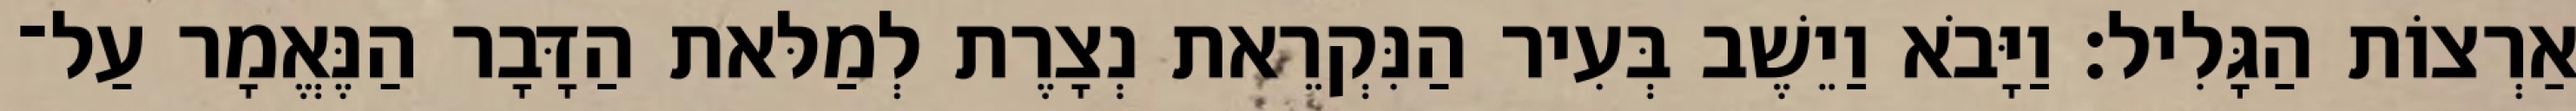
אַרְצוֹת הַגָּלִיל׃ וַיָּבֹא וַיֵשֶׁב בְּעִיר הַנִּקְרֵאת נְצָרֶת לְמַלּאת הַדָּבָר הַנֶּאֱמָר עַל־